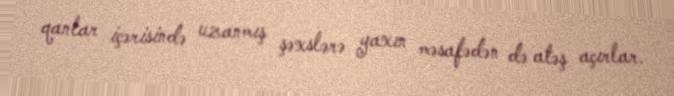
qanlar içərisində uzanmış şəxslərə yaxın məsafədən də atəş açırlar.